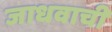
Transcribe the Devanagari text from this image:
जाधवाची